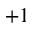
+ 1